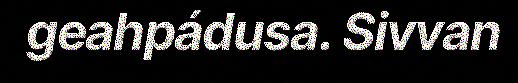
geahpádusa. Sivvan